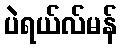
ပဲရယ်လ်မန်